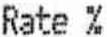
RATE %